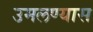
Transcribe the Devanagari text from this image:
उमलण्यास